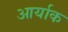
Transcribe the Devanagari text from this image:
आर्याक